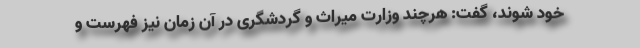
خود شوند، گفت: هرچند وزارت میراث و گردشگری در آن زمان نیز فهرست و